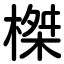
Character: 榤